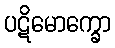
ပဋိမောက္ခော